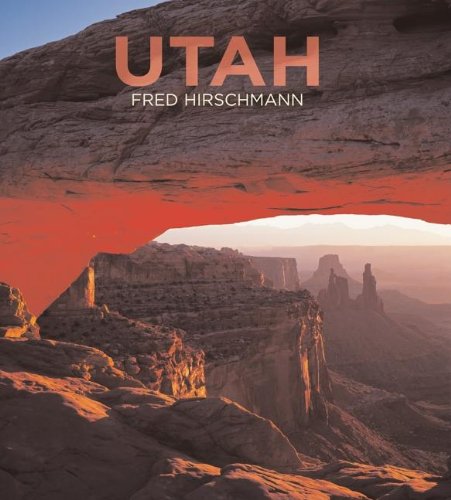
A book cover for Utah; Travel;